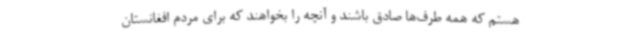
هستم که همه طرف‌ها صادق باشند و آنچه را بخواهند که برای مردم افغانستان